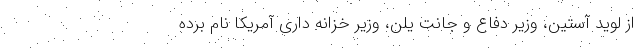
از لوید آستین، وزیر دفاع و جانت یلن، وزیر خزانه داری آمریکا نام برده